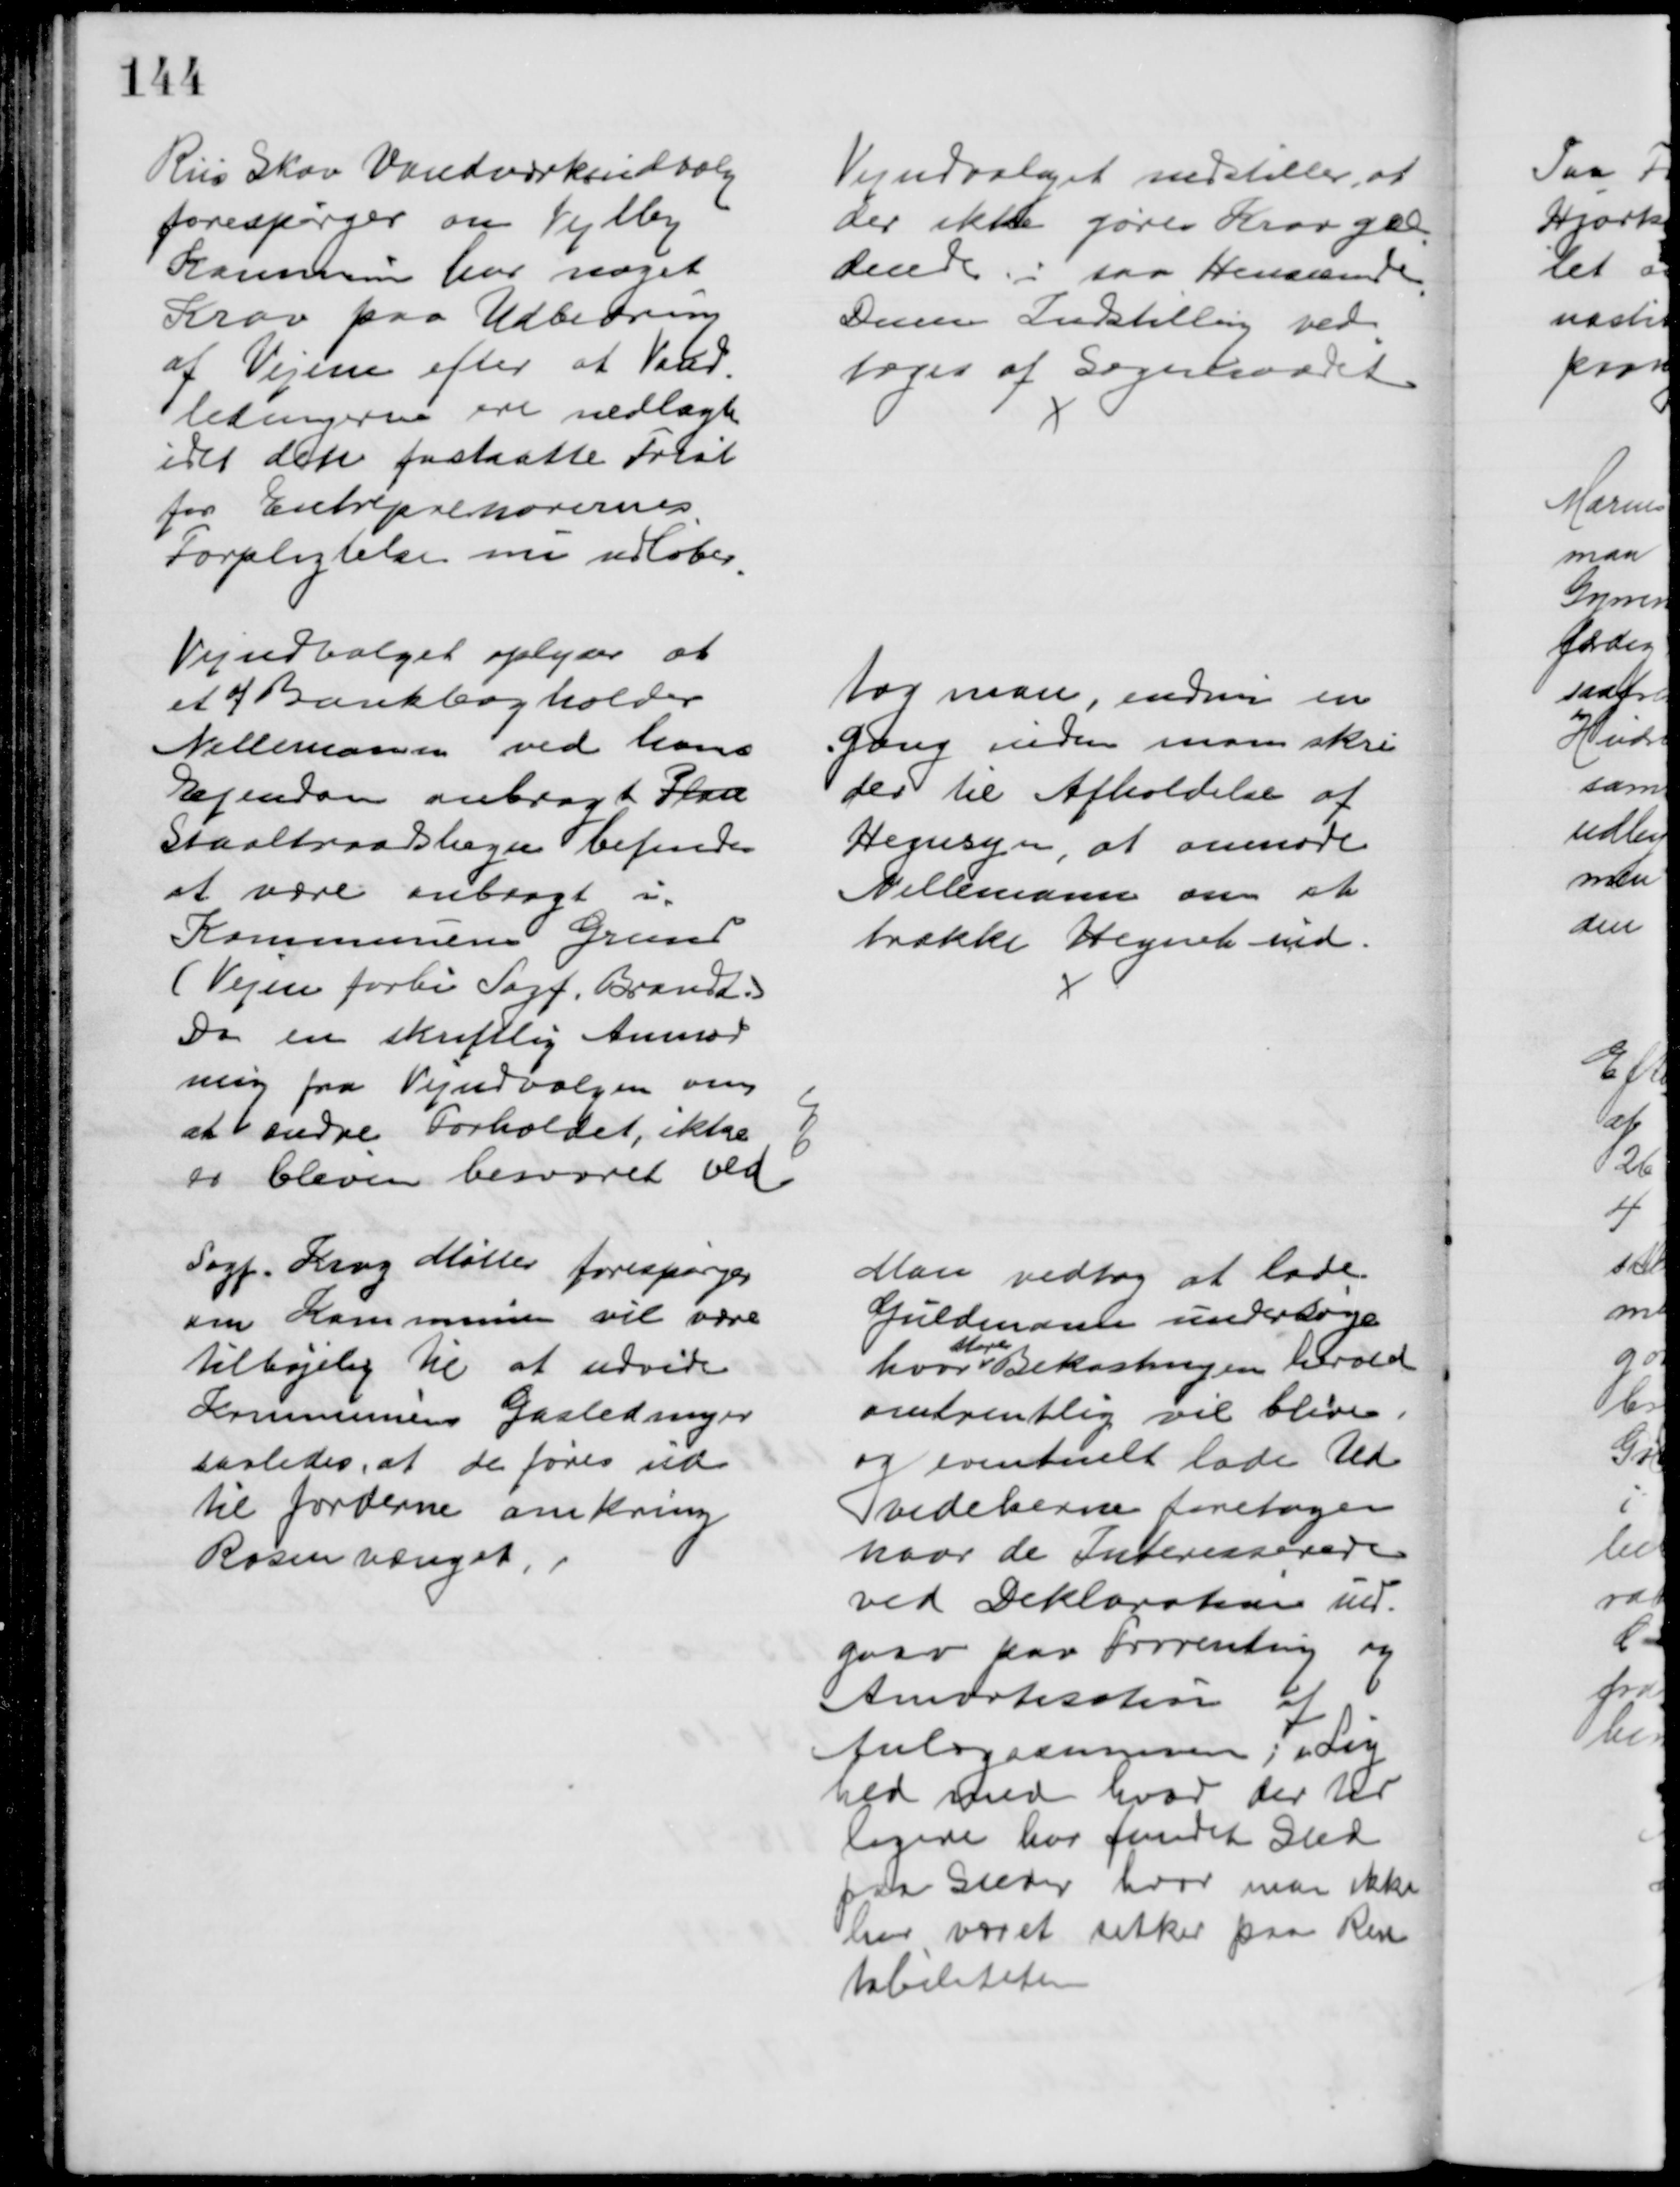
Transskription:
Riis Skov Vandværksudvalg
forespørger om Vejlby
Kommune har noget
Krav paa Udbedring
af Vejene efter at Vand-
ledningerne ere nedlagte
idet den fastsatte Frist
for Entreprenørernes
Forpligtelse nu udløber
Vejudvalget indstiller, at
der ikke gøres Krav gæl
=
dende i saa Henseende.
Denne Indstilling ved
=
toges af Sogneraadet
Vejudvalget oplyser at
et af Bankbogholder
Nellemann ved hans
Ejendom anbragt Plan
Staaltraadshegn befindes
at være anbragt i
Kommunens Grund
(Vejen forbi Sagf. Brandt.)
Da en skriftlig Anmod
ning fra Vejudvalgen om
at ændre Forholdet, ikke 
er bleven besvaret ved
tog man, endnu en 
Gang inden man skri
der til Afholdelse af
Hegnsyn, at anmode
Nellemann om at
trække Hegnet ind.
Sagf. Krag Møller forespørger
om Kommunen vil være
tilbøjelig til at udvide
Kommunens Gasledninger
saaledes, at de føres ud
til Jorderne omkring
Rosenvænget 
Man vedtog at lade
Guldmand undersøge
hvor  
store
Bekostningen herved 
omtrentlig vil blive
og eventuelt lade Ud
videlserne foretages
hvor de Interesserede
ved Deklaration ind-
gaar paa Forrenting og 
Amortisation af
Anlægssummen i Lig
hed med hvad der tid
ligere har fundet Sted
paa Steder hvor man ikke
har været sikker paa Ren
tabiliteten